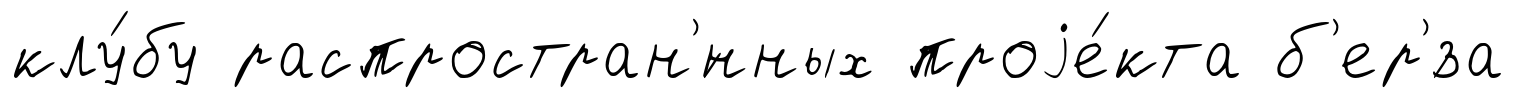
клу́бу распростран'́нных проjе́кта б'ер'́за